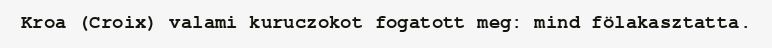
Kroa (Croix) valami kuruczokot fogatott meg: mind fölakasztatta.